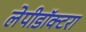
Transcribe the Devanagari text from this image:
लेपीडॉक्टरा